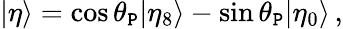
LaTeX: |\eta\rangle=\cos\theta_{\mathtt{P}}|\eta_{8}\rangle-\sin\theta_{\mathtt{P}}|\eta_{0}\rangle\, ,